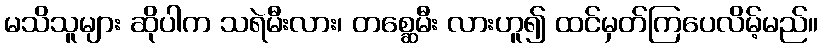
မသိသူများ ဆိုပါက သရဲမီးလား၊ တစ္ဆေမီး လားဟူ၍ ထင်မှတ်ကြပေလိမ့်မည်။